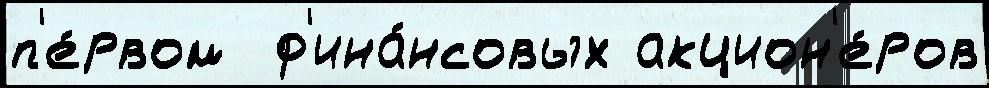
п'е́рвом  ф'ина́нсовых акцион'е́ров